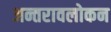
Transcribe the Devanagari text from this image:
अन्तरावलोकन